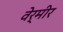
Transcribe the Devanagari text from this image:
वेर्मीर